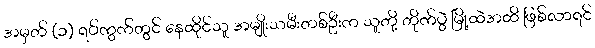
အမှတ် (၁) ရပ်ကွက်တွင် နေထိုင်သူ အမျိုးသမီးတစ်ဦးက သူတို့ တိုက်ပွဲ မြို့ထဲအထိ ဖြစ်လာရင်